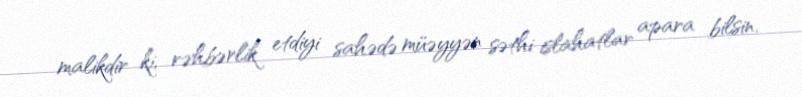
malikdir ki, rəhbərlik etdiyi sahədə müəyyən səthi islahatlar apara bilsin.